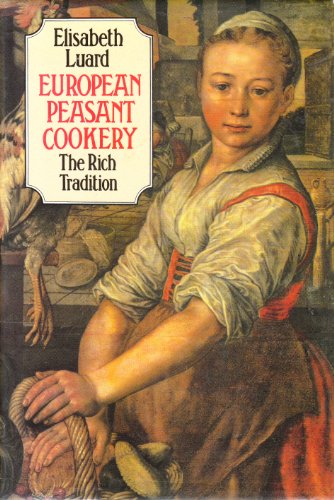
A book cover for European Peasant Cookery; Elisabeth Luard; Cookbooks, Food & Wine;